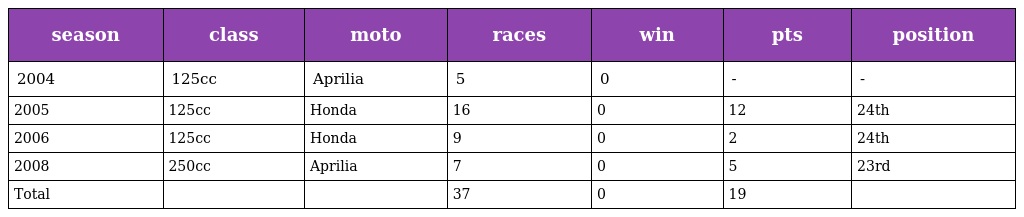
| season | class | moto | races | win | pts | position |
 | --- | --- | --- | --- | --- | --- | --- |
 | 2004 | 125cc | Aprilia | 5 | 0 | - | - |
 | 2005 | 125cc | Honda | 16 | 0 | 12 | 24th |
 | 2006 | 125cc | Honda | 9 | 0 | 2 | 24th |
 | 2008 | 250cc | Aprilia | 7 | 0 | 5 | 23rd |
 | Total |  |  | 37 | 0 | 19 |  |